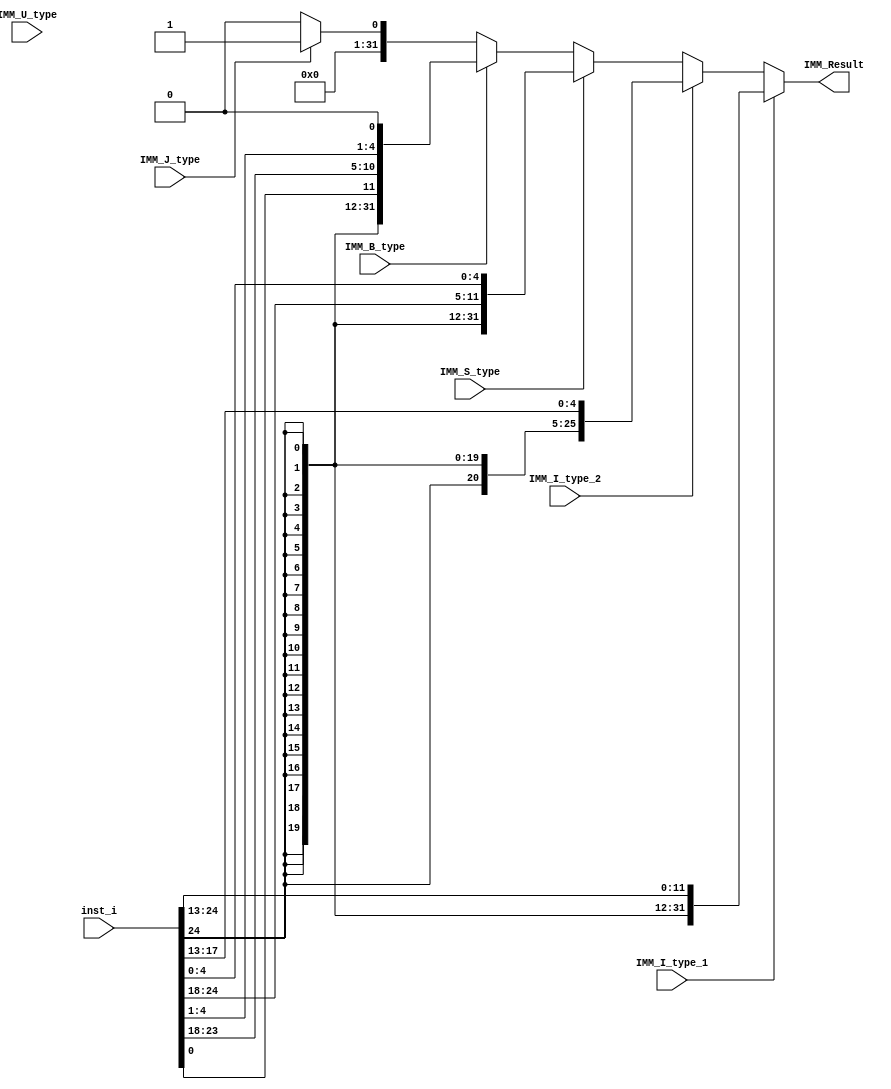
//=================================================================
//Editor: shiyong
//Note  : RISC-V immediate encoding by different instructions type
//================================================================

module IMM #(
    parameter XLEN_ZERO    = 32'd0,
    parameter XLEN         = 32 
)(
    input  [XLEN-1:7]          inst_i      ,//instruction [31:7]
    input                      IMM_I_type_1,
    input                      IMM_I_type_2,
    input                      IMM_S_type  ,
    input                      IMM_B_type  ,
    input                      IMM_U_type  ,
    input                      IMM_J_type  ,
    output  [XLEN-1:0]         IMM_Result  
);

    wire [XLEN-1:0] I_type_1_Result;
    wire [XLEN-1:0] I_type_2_Result;
    wire [XLEN-1:0] S_type_Result;
    wire [XLEN-1:0] B_type_Result;
    wire [XLEN-1:0] U_type_Result;
    wire [XLEN-1:0] J_type_Result;

    assign I_type_1_Result = {{21{inst_i[31]}},inst_i[30:20]};
    assign I_type_2_Result = {{27{inst_i[31]}},inst_i[24:20]};
    assign S_type_Result   = {{21{inst_i[31]}},inst_i[30:25],inst_i[11:7]};
    assign B_type_Result   = {{20{inst_i[31]}},inst_i[7],inst_i[30:25],inst_i[11:8],1'b0};
    assign U_type_Result   = {inst_i[31:12],12'd0};
    assign J_type_Result   = {{12{inst_i[31]}},inst_i[19:12],inst_i[20],inst_i[30:25],inst_i[24:21],1'b0};

    assign  IMM_Result     = IMM_I_type_1 ?  I_type_1_Result :
                             IMM_I_type_2 ?  I_type_2_Result :
                             IMM_S_type   ?  S_type_Result   :
                             IMM_B_type   ?  B_type_Result   :
                             IMM_J_type   ?  IMM_J_type      :
                                             32'd0           ;

endmodule